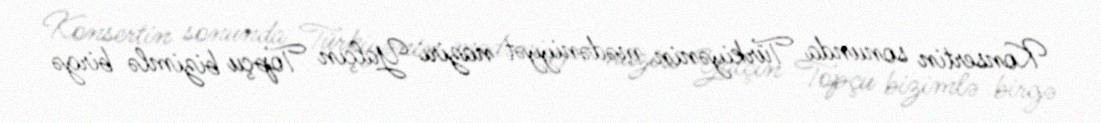
Konsertin sonunda Türkiyənin mədəniyyət naziri Yalçın Topçu bizimlə birgə